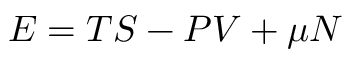
E = T S - P V + \mu N